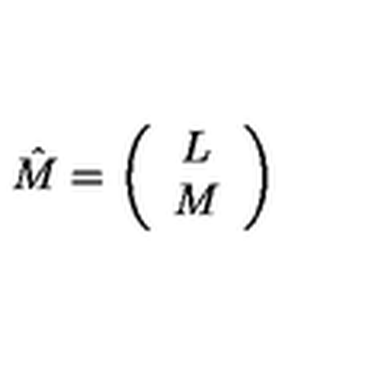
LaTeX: \hat { M } = \left( \begin{array} { c } { L } \\ { M } \\ \end{array} \right)